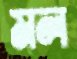
মল